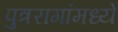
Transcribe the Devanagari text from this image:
पुत्ररागांमध्ये